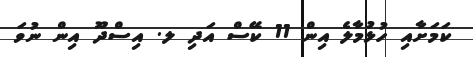
ކަމަށާއި ހުޅުމާލެ އިން 11 ކޭސް އަދި ލ. އިސްދޫ އިން ނުވަ